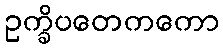
ဥက္ခိပတေကကော